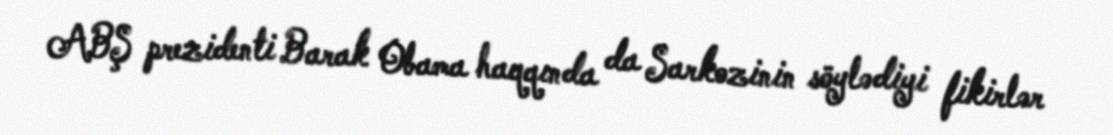
ABŞ prezidenti Barak Obama haqqında da Sarkozinin söylədiyi fikirlər